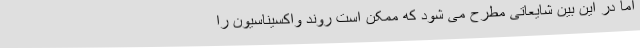
اما در این بین شایعاتی مطرح می شود که ممکن است روند واکسیناسیون را